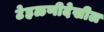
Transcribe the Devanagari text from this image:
टेहळणीदेखील